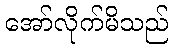
အော်လိုက်မိသည်